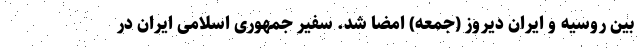
بین روسیه و ایران دیروز (جمعه) امضا شد. سفیر جمهوری اسلامی ایران در